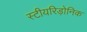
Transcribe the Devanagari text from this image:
स्टीयरिड़ोनिक